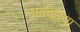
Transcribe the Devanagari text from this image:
लावंदेरिया